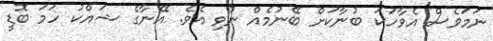
ނަމަަވެސް އެވާހަކަ ބުނާކަށް ބޭނުމެއް ނުވި އެވެ. އޭނާގެ ޝައްކު ހަމަ ބޮޑީ